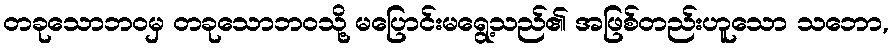
တခုသောဘဝမှ တခုသောဘဝသို့ မပြောင်းမရွေ့သည်၏ အဖြစ်တည်းဟူသော သဘော,